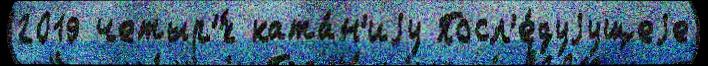
2019 четыр'́х ката́н'иjу Посл'е́дуjущеjе